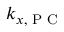
k _ { x , \textrm { P C } }